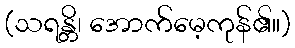
(သရန္တိ၊ အောက်မေ့ကုန်၏။)